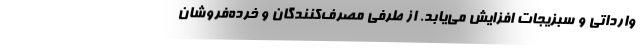
وارداتی و سبزیجات افزایش می‌یابد. از طرفی مصرف‌کنندگان و خرده‌فروشان